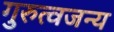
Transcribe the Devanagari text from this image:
गुरुत्वजन्य